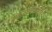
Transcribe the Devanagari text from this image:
उपन्यायाधीशपदावर